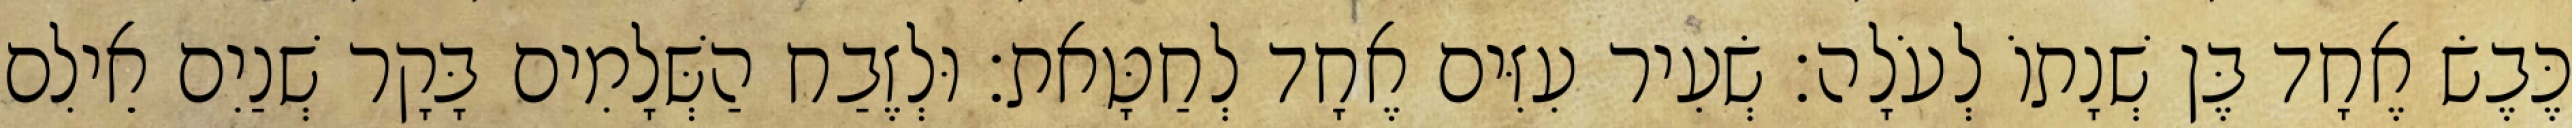
כֶּבֶשׂ אֶחָד בֶּן שְׁנָתוֹ לְעֹלָה׃ שְׂעִיר עִזִּים אֶחָד לְחַטָּאת׃ וּלְזֶבַח הַשְּׁלָמִים בָּקָר שְׁנַיִם אֵילִם